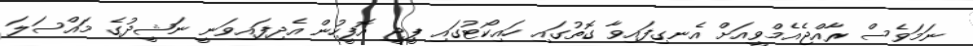
ނަމަވެސް ރާއްޖެއެމްވީއަށް އެނގިފައިވާ ގޮތުގައި ހައިކޯޓުގައި ޕީޖީ އޮފީހުން އެދިފައިވަނީ ނަޝީދުގެ މައްސަލަ